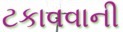
ટકાવવાની